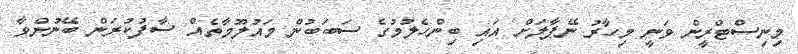
މިނިސްޓްރީން ވަނީ މިހާރު ނޭޕާލަށް އައި ބިންހެލުމުގެ ސަބަބުން މައުލޫމާތެއް ސާފުކުރަން ބޭނުންވާ